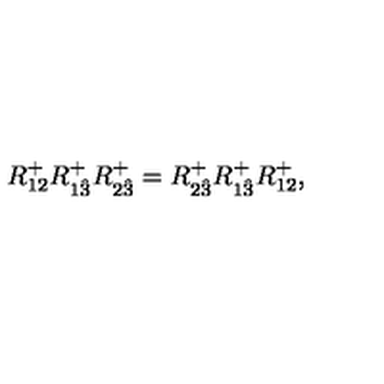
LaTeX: R _ { { 1 2 } } ^ { + } R _ { 1 { \hat { 3 } } } ^ { + } R _ { 2 { \hat { 3 } } } ^ { + } = R _ { 2 { \hat { 3 } } } ^ { + } R _ { 1 { \hat { 3 } } } ^ { + } R _ { { 1 2 } } ^ { + } ,